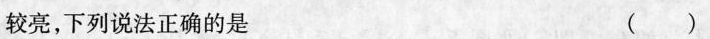
较亮，下列说法正确的是 ()